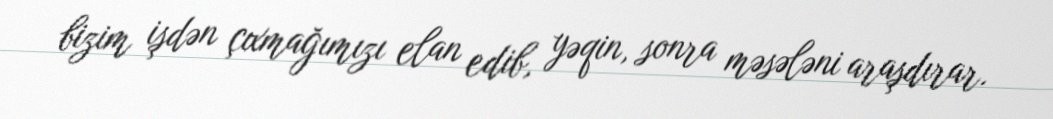
bizim işdən çıxmağımızı elan edib, yəqin, sonra məsələni araşdırar.